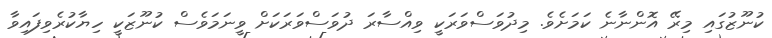
ކުނޫޒުގައި މިރޭ އޮންނާނެ ކަމަށެވެ. މިދުވަސްވަރަކީ ވިއްސާރަ ދުވަސްވަރަކަށް ވީނަމަވެސް ކުނޫޒަކީ ހިޔާކުރެވިފައިވާ